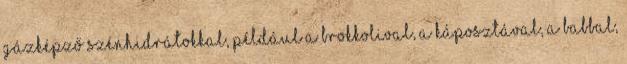
gázképző szénhidrátokkal, például a brokkolival, a káposztával, a babbal,